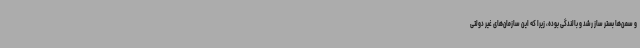
و سمن‌ها بستر ساز رشد و بالندگی بوده، زیرا که این سازمان‌های غیر دولتی